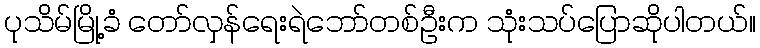
ပုသိမ်မြို့ခံ တော်လှန်ရေးရဲဘော်တစ်ဦးက သုံးသပ်ပြောဆိုပါတယ်။